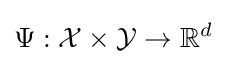
\Psi :{\mathcal {X}}\times {\mathcal {Y}}\to \mathbb {R} ^{d}